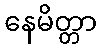
နေမိတ္တာ